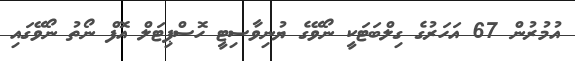
އުމުރުން 67 އަަހަރުގެ ގިލްބަޓަކީ ނޯވޭގެ ޔުނިވާސިޓީ ހޮސްޕިޓަލް އޮފް ނޯތު ނޯވޭގައި